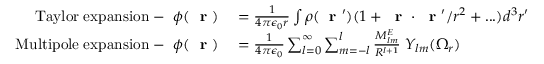
\begin{array} { r l } { \mathrm { T a y l o r \; e x p a n s i o n \; - \; \; } \phi ( \mathrm { ~ \bf ~ r ~ } ) } & { { } = \frac { 1 } { 4 \pi \epsilon _ { 0 } r } \int \rho ( \mathrm { ~ \bf ~ r ~ } ^ { \prime } ) ( 1 + \mathrm { ~ \bf ~ r ~ } \cdot \mathrm { ~ \bf ~ r ~ } ^ { \prime } / r ^ { 2 } + . . . ) d ^ { 3 } r ^ { \prime } \; . } \\ { \mathrm { M u l t i p o l e \; e x p a n s i o n \; - \; \; } \phi ( \mathrm { ~ \bf ~ r ~ } ) } & { { } = \frac { 1 } { 4 \pi \epsilon _ { 0 } } \sum _ { l = 0 } ^ { \infty } \sum _ { m = - l } ^ { l } \frac { M _ { l m } ^ { E } } { R ^ { l + 1 } } \; Y _ { l m } ( \Omega _ { r } ) } \end{array}